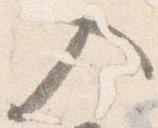
入